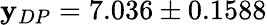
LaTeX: \mathbf{y}_{DP}=7.036\pm0.1588